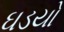
ઘડયો